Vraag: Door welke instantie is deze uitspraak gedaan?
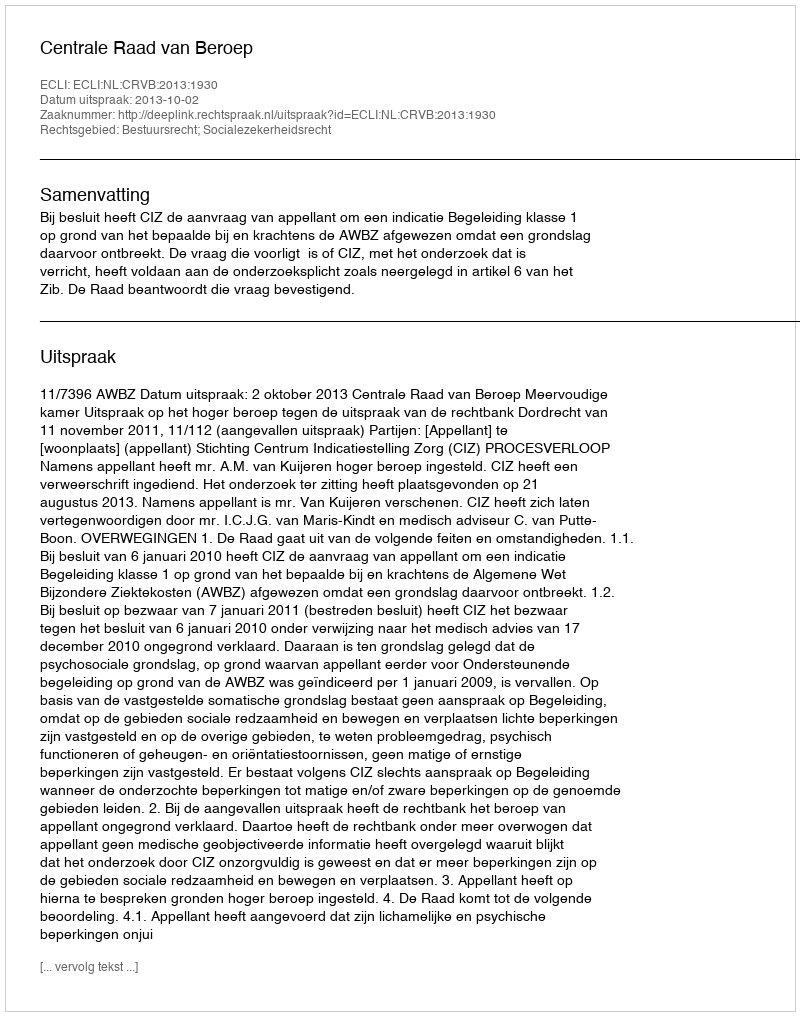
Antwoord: Centrale Raad van Beroep